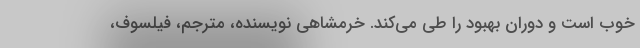
خوب است و دوران بهبود را طی می‌کند. خرمشاهی نویسنده، مترجم، فیلسوف،